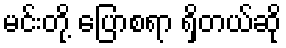
မင်းတို့ ပြောစရာ ရှိတယ်ဆို